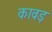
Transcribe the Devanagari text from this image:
कावड़